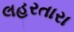
લહરતારા